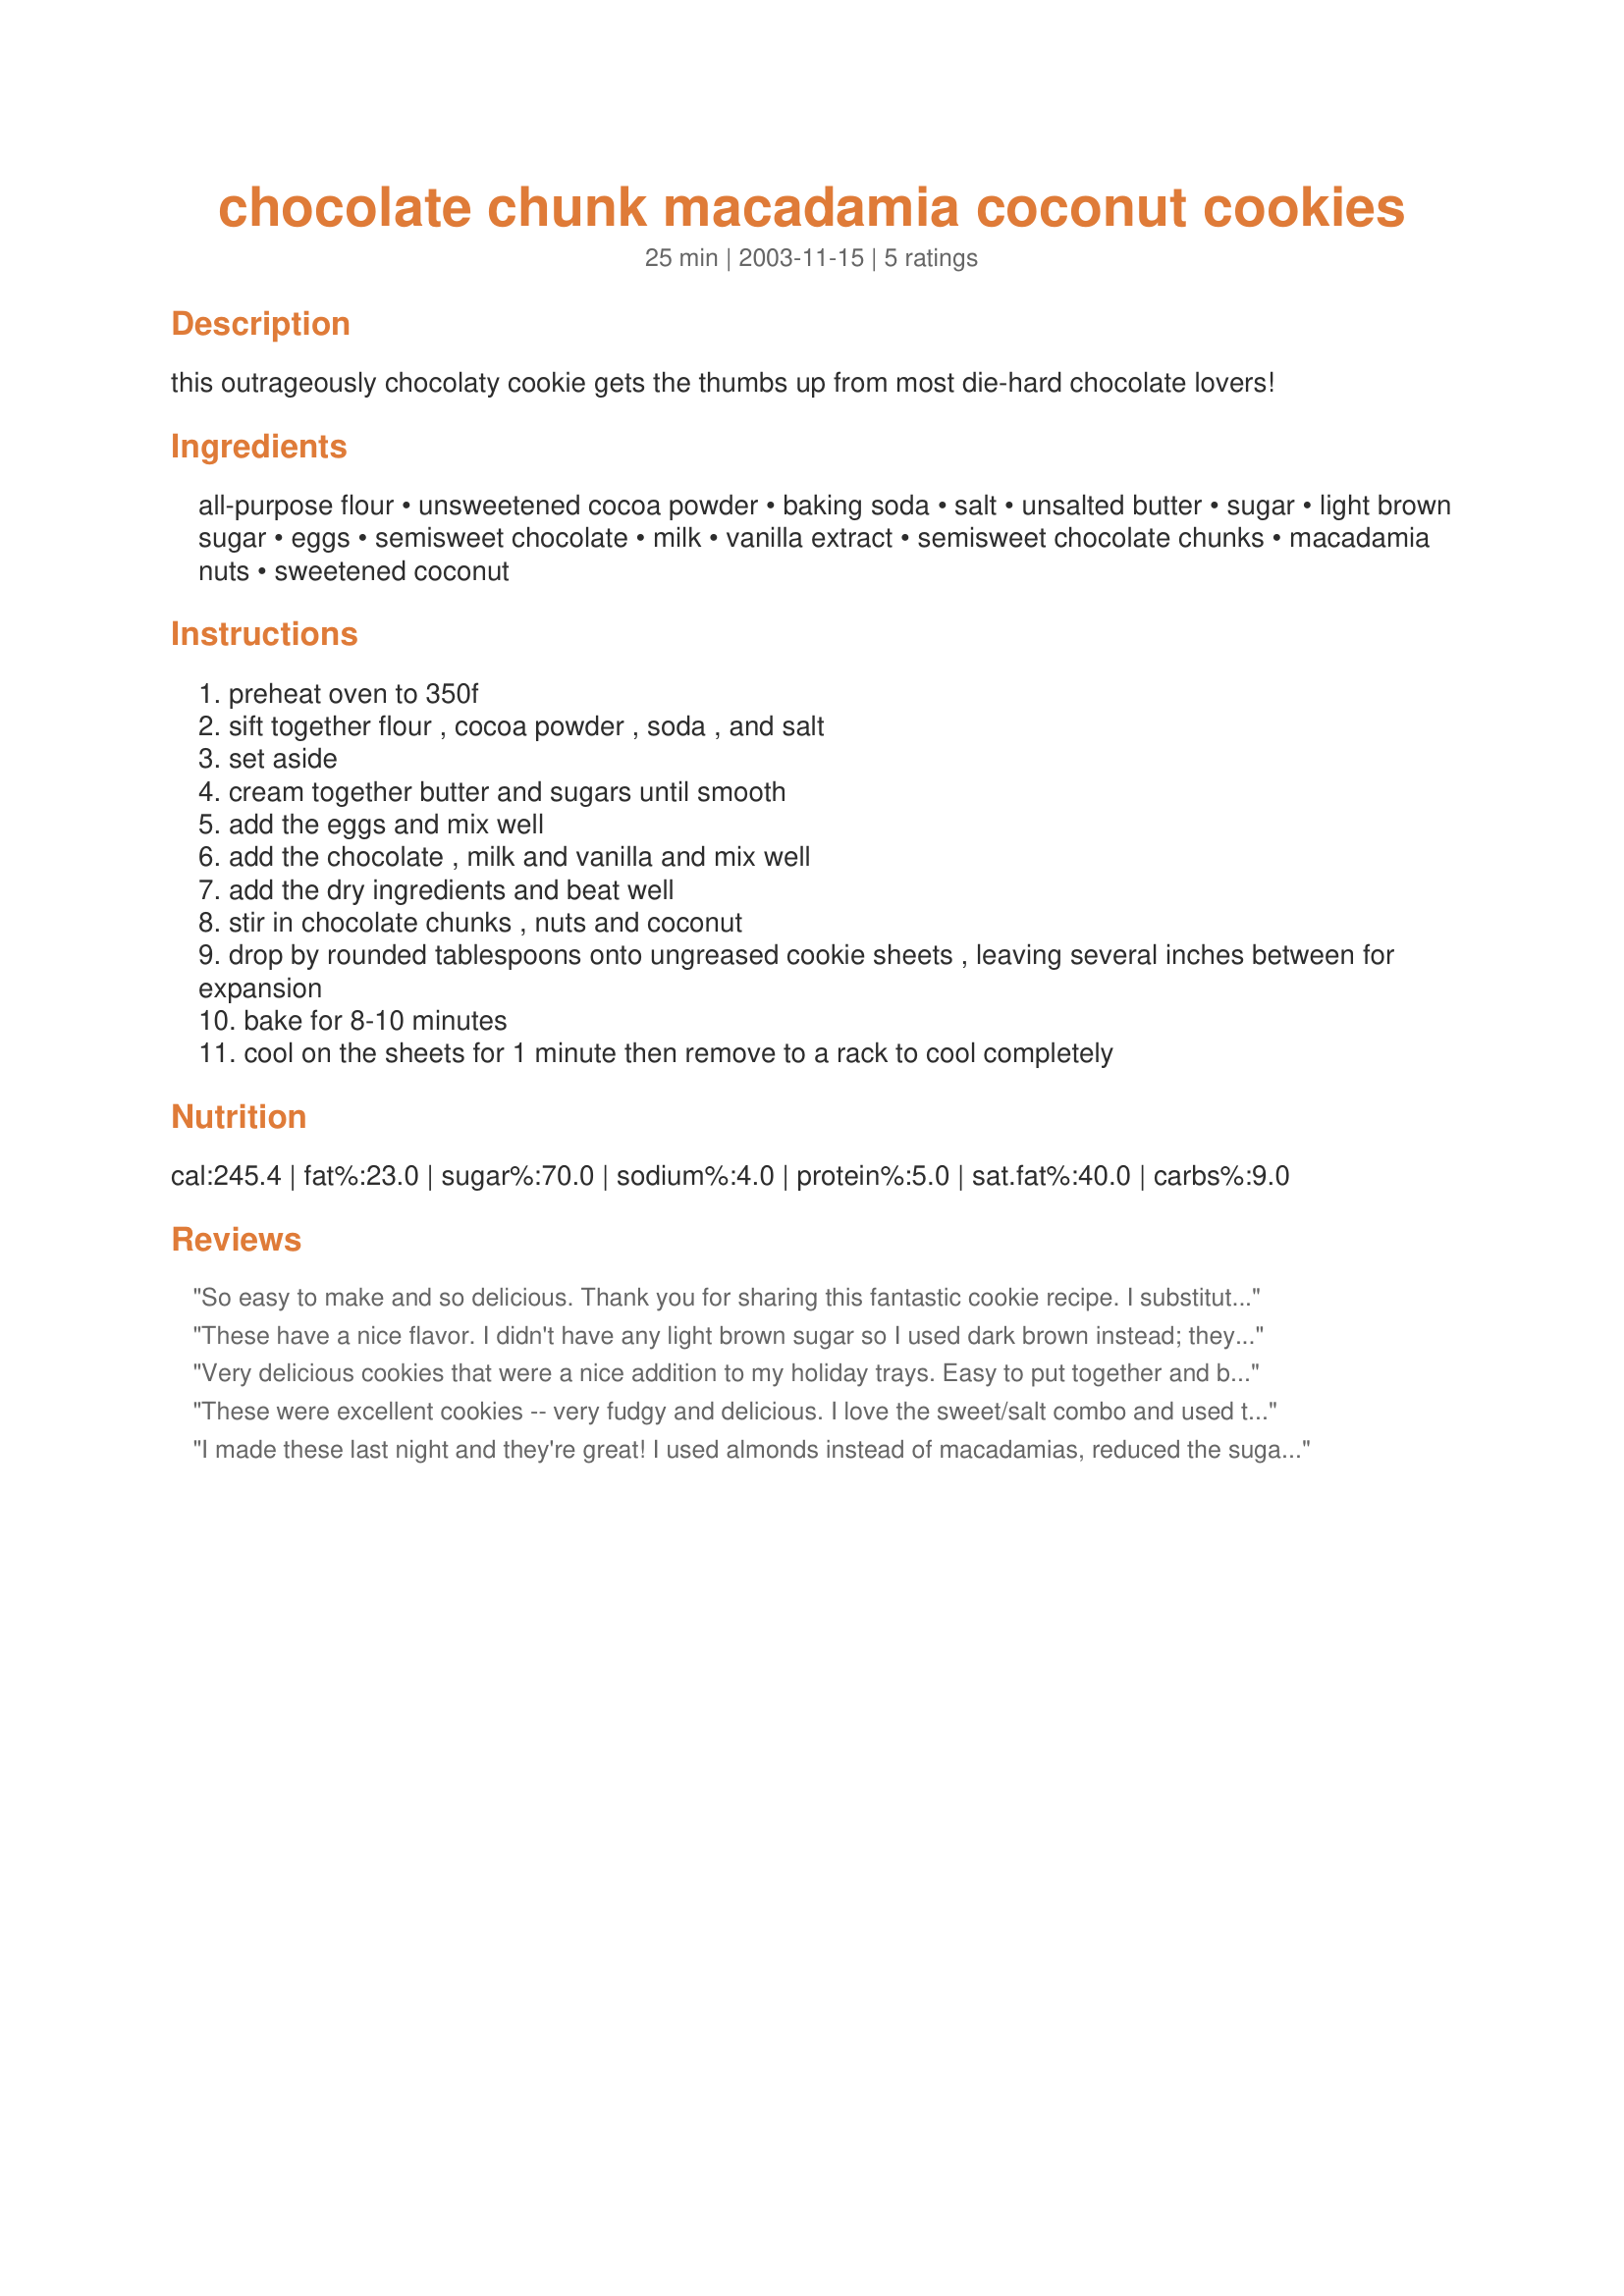
chocolate chunk macadamia coconut cookies
Preparation time: 25 minutes

this outrageously chocolaty cookie gets the thumbs up from most die-hard chocolate lovers!

Ingredients:
all-purpose flour, unsweetened cocoa powder, baking soda, salt, unsalted butter, sugar, light brown sugar, eggs, semisweet chocolate, milk, vanilla extract, semisweet chocolate chunks, macadamia nuts, sweetened coconut

Steps:
preheat oven to 350f
sift together flour , cocoa powder , soda , and salt
set aside
cream together butter and sugars until smooth
add the eggs and mix well
add the chocolate , milk and vanilla and mix well
add the dry ingredients and beat well
stir in chocolate chunks , nuts and coconut
drop by rounded tablespoons onto ungreased cookie sheets , leaving several inches between for expansion
bake for 8-10 minutes
cool on the sheets for 1 minute then remove to a rack to cool completely

Reviews:
So easy to make and so delicious. Thank you for sharing this fantastic cookie recipe. I substituted dark sugar for the light brown sugar, bakers chocolate for the semisweet chocolate and everything turned out delish!
These have a nice flavor. I didn't have any light brown sugar so I used dark brown instead; they turned out great. They took exactly 10 minutes to bake. Thank you for these nice cookies.
Very delicious cookies that were a nice addition to my holiday trays. Easy to put together and bake! I never used macadamia nuts in a cookie recipe and they were unique. Note: I used rounded TABLESPOONS and got about 5 dozen cookies out of this recipe...about 8-9 minutes bake time was perfect. I can't imagine how many cookies I would have gotten if I used teaspoons as instructed :). Thanks for posting!
These were excellent cookies -- very fudgy and delicious. I love the sweet/salt combo and used toasted, salted macadamia nuts.
I made these last night and they're great! I used almonds instead of macadamias, reduced the sugar by 25%, and cut down the salt. When I tried to remove a few cookies from the sheet after 1 minute, they completely fell apart, so I let the rest of them cool about 5 minutes. They were easier to remove, but some of them still broke apart. I wonder how I can get them to stay together next time. Reduce the butter a little? Regardless, they're delicious cookies and very addictive. Thanks for the recipe!
